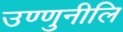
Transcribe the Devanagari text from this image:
उण्णुनीलि